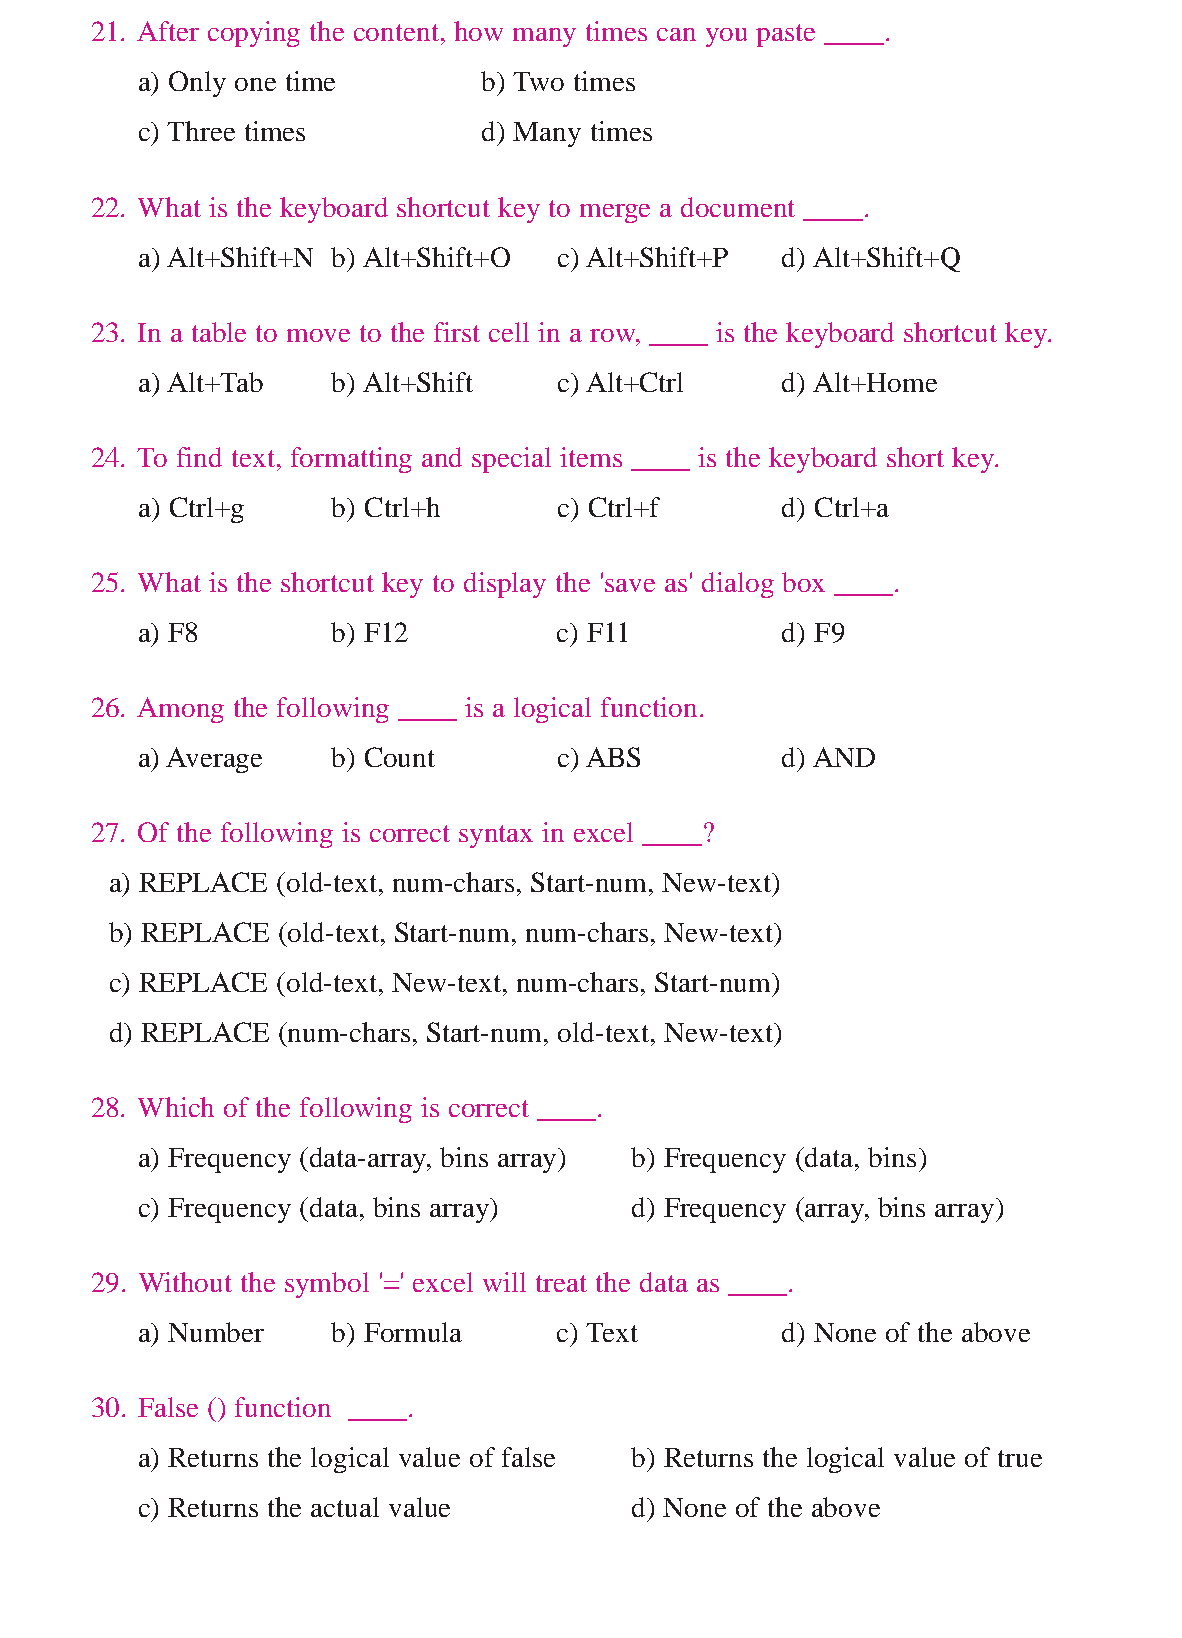
www.sakshieducation.com
 21. After copying the content, how many times can you paste ____.
 a) Only one time       b) Two times
 c) Three times         d) Many times
 22. What is the keyboard shortcut key to merge a document ____.
 a) Alt+Shift+N b) Alt+Shift+O c) Alt+Shift+P d) Alt+Shift+Q
 23. In a table to move to the first cell in a row, ____ is the keyboard shortcut key.
 a) Alt+Tab   b) Alt+Shift   c) Alt+Ctrl    d) Alt+Home
 24. To find text, formatting and special items ____ is the keyboard short key.
 a) Ctrl+g    b) Ctrl+h      c) Ctrl+f      d) Ctrl+a
 25. What is the shortcut key to display the 'save as' dialog box ____.
 a) F8        b) F12         c) F11         d) F9
 26. Among the following ____ is a logical function.
 a) Average   b) Count       c) ABS         d) AND
 27. Of the following is correct syntax in excel ____?
 a) REPLACE (old-text, num-chars, Start-num, New-text)
 b) REPLACE (old-text, Start-num, num-chars, New-text)
 c) REPLACE (old-text, New-text, num-chars, Start-num)
 d) REPLACE (num-chars, Start-num, old-text, New-text)
 28. Which of the following is correct ____.
 a) Frequency (data-array, bins array) b) Frequency (data, bins)
 c) Frequency (data, bins array)  d) Frequency (array, bins array)
 29. Without the symbol '=' excel will treat the data as ____.
 a) Number    b) Formula     c) Text        d) None of the above
 30. False () function ____.
 a) Returns the logical value of false b) Returns the logical value of true
 c) Returns the actual value      d) None of the above
 www.sakshieducation.com